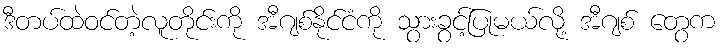
ဒီတပ်ထဲဝင်တဲ့လူတိုင်းကို အီဂျစ်နိုင်ငံကို သွားခွင့်ပြုမယ်လို့ အီဂျစ် တွေက